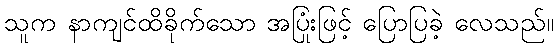
သူက နာကျင်ထိခိုက်သော အပြုံးဖြင့် ပြောပြခဲ့ လေသည်။